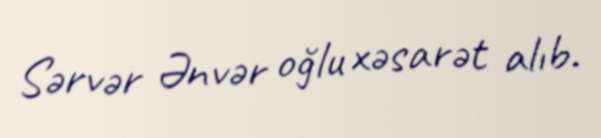
Sərvər Ənvər oğlu xəsarət alıb.